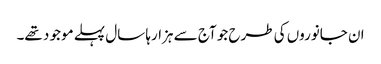
ان جانوروں کی طرح جو آج سے ہزارہا سال پہلے موجو د تھے۔